Annual statistical returns and brief notes on vaccination in Bengal - 1896-1909
Year: 1896
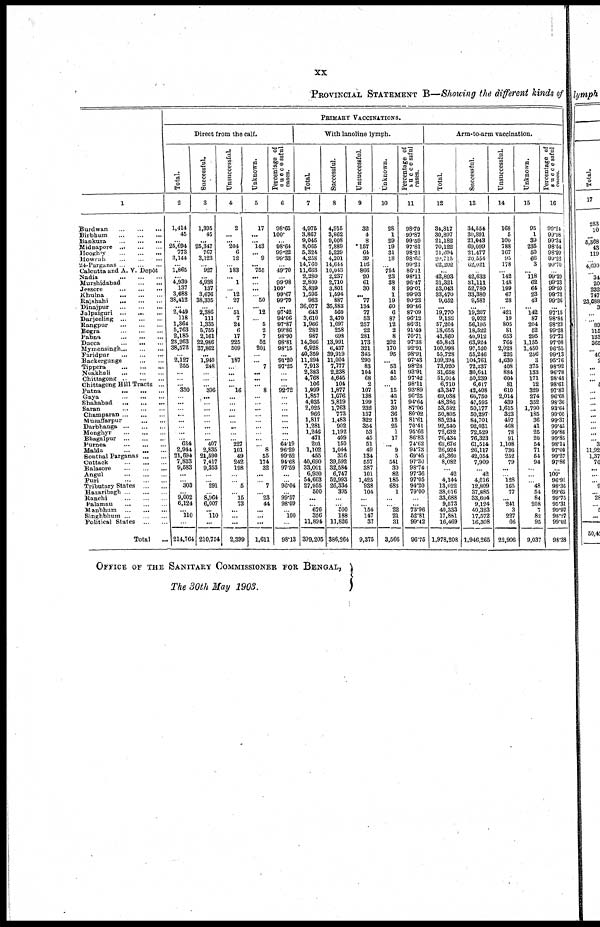
xx
PROVINCIAL STATEMENT B—Showing the different kinds of
1
Burdwan
...
...
...
Birbhum
...
...
...
Bankura
...
...
...
Midnapore
...
...
...
Hooghly
...
...
...
Howrah
...
...
...
24-Purganas
...
...
...
Calcutta and A. V. Depôt
Nadia
...
...
...
Murshidabad
...
...
Jessore
...
...
...
Khulna
...
...
...
Rajshahi
...
...
...
Dinajpur
...
...
...
Jalpaiguri
...
...
...
Darjeeling
...
...
...
Rangpur
...
...
...
Bogra
...
...
...
Pabna
...
...
...
Dacca
...
...
...
Mymensingh
...
...
...
Faridpur
...
...
...
Backergunge
...
...
Tippera
...
...
...
Noakhali
...
...
...
Chittagong
...
...
...
Chittagong Hill Tracts ...
Patna
...
...
...
Gaya
...
...
...
Shahabad
...
...
...
Saran
...
...
...
Champaran
...
...
...
Muzaffarpur
...
...
Darbhanga
...
...
...
Monghyr
...
...
...
Bhagalpur
...
...
...
Purnea
...
...
...
Malda
...
...
...
Sonthal Parganas
...
...
Cuttack
...
...
...
Balasore
...
...
...
Angul
...
...
...
Puri
...
...
...
Tributary States
...
...
Hazaribagh
...
...
...
Ranchi
...
...
...
Palamau
...
...
...
Manbhum
...
...
...
Singhbhum
...
...
...
Political States
...
...
Total ...
PRIMARY VACCINATIONS.
Direct from the calf.
Total.
2
1,414
45
... 25,694
773
3,144
... 1,865
...
4,939
137
3,688
38,412
...
2,449
118
1,364
5,763
2,185
23,263
38,572
... 2,127
255
...
... ... 330
... ...
... ...
...
... ...
... 634
2,944
21,694
7,833
9,583
...
... 303
... 9,002
6,124
... 110
...
214,764
Successful.
3
1,395
45
...
25,347
767
3,123
... 927
... 4,938
137
3,676
38,335
... 2,386
111
1,335
5,755
2,161
22,986
37,862
...
1,940
248
...
...
... 306
...
... ...
...
... ...
...
... 407
2,835
21,590
7,417
9,353
...
... 291
... 8,964
6,007
... 110
...
210,754
Unsuccessful.
4
2
...
... 204
6
12
... 183
... 1
... l2
27
... 51
7
24
6
17
225
509
... 187
... ...
...
... l6
...
...
... ...
... ...
...
... 227
101
49
242
198
...
... 5
... 15
73
...
...
...
2,399
Unknown.
5
17
...
... 143
... 9
... 755
...
... ...
... 50
... 12
... 5
2
7
52
201
... ... 7
...
...
... 8
...
... ...
...
... ...
... ...
... 8
55
174
32
...
... 7
... 23
44
...
...
...
1,611
Percentage of
successful
cases.
6
98.65
100.
...
98.64
99.22
99.33
... 49.70
... 99.98
100.
99.67
99.79
...
97.42
94.06
97.87
99.86
98.90
98.81
98.15
...
91.20
97.25
... ...
... 92.72
... ...
...
... ...
...
...
...
64.19
96.29
99.52
94.68
97.59
...
...
96.04
... 99.57
98.09
... 100
...
98.13
With lanoline lymph.
Total.
7
4,975
3,867
9,045
8,065
5,324
4,258
14,760
11,663
2,280
2,809
3,839
1,595
983
36,077
643
3,610
1,966
282
987
14,366
6,928
40,359
11,294
7,913
2,383
4,768
106
1,999
1,857
4,035
2,025
966
1,817
1,281
1,246
471
201
1,102
455
40,690
33,001
6,930
54,603
27,955
500
...
... 676
356
11,894
399,205
Successful.
8
4,915
3,862
9,008
7,889
5,229
4,201
14,644
10,043
2,237
2,710
3,801
1,594
887
35,883
560
3,470
1,697
258
698
13,991
6,437
39,919
11,004
7,777
2,238
4,645
104
1,877
1,676
3,819
1,763
773
1,483
902
1,192
409
150
1,044
316
39,592
32,584
6,747
52,993
26,334
395
...
... 500
188
11,826
386,264
Unsuccessful.
9
32
4
8
157
64
39
116
866
20
61
30
... 77
134
77
53
257
22
281
173
321
345
290
83
104
68
2
107
138
199
232
157
322
354
53
45
51
49
134
557
387
101
1,425
938
104
...
... 154
147
37
9,375
Unknown.
10
28
1
29
19
31
18
... 754
23
38
8
1
19
60
6
87
12
2
8
202
170
96
... 53
41
55
... l5
43
17
30
36
12
25
1
17
... 9
5
541
30
82
185
683
1
...
... 22
21
31
3,566
Percentage of
successful
cases.
11
98.79
99.87
99.59
97.81
98.21
98.66
99.21
86.11
98.11
96.47
99.01
99.93
90.23
99.46
87.09
96.12
86.31
91.49
70.71
97.38
92.91
98.91
97.43
98.28
93.91
97.42
98.11
93.89
90.25
94.64
87.06
80.02
81.61
70.41
95.66
86.83
74.62
94.73
69.45
97.30
98.74
97.36
97.05
94.20
79.00
... ...
73.96
52.81
99.42
96.75
Arm-to-arm vaccination.
Total.
12
34,817
30,897
21,182
70,122
21,694
20,715
62,202
...
42,893
31,321
53,043
33,470
9,652
...
19,770
9,138
57,204
18,655
41,860
65,843
100,998
55,728
109,394
73,020
31,658
51,014
6,710
43,347
69,038
48,386
53,582
50,805
85,234
92,540
72,632
76,434
62,676
26,924
42,360
8,082
... 42
4,144
13,022
38,016
33,688
9,573
40,333
17,881
16,469
1,978,208
Successful.
13
34,554
30,891
21,043
69,099
21,477
20,554
62,021
... 42,633
31,111
52,780
33,380
9,581
... 19,267
9,032
56,195
18,522
40,912
63,924
97,520
55,246
104,761
72,237
30,641
50,239
6,617
42,408
66,750
47,595
50,177
50,297
84,701
92,031
72,529
76,323
61,514
26,117
42,054
7,909
... 42
4,016
12,809
37,885
33,604
9,124
40,323
17,572
16,308
1,946,265
Unsuccessful.
14
168
5
100
788
167
95
178
... 142
148
199
67
28
... 421
19
805
81
653
764
2,028
226
4,630
408
884
604
81
610
2,014
439
1,615
323
497
468
78
91
1,108
736
252
79
...
... 128
165
77
... 241
3
227
66
22,906
Unknown.
15
95
1
39
235
50
66
3
... 118
62
64
23
43
... 142
87
204
52
295
1,155
1,450
256
3
375
133
171
12
329
274
352
1,790
185
36
41
25
20
54
71
54
94
...
...
... 48
54
84
208
7
82
95
9,037
Percentage of
successful
cases.
16
99.24
99.98
99.34
98.54
98.99
99.22
99.70
... 99.39
99.33
99.50
99.73
99.26
... 97.15
98.84
98.23
99.28
97.73
97.08
96.55
99.13
95.76
98.92
96.78
98.48
98.61
97.83
96.68
98.36
93.64
99.00
99.37
99.45
99.86
99.85
98.14
97.00
99.27
97.86
... 100.
96.91
98.36
99.65
99.75
95.31
99.97
98.27
99.02
98.38
OFFICE OF THE SANITARY COMMISSIONER FOR BENGAL,
The 30th May 1903.